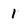
Character: 1